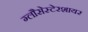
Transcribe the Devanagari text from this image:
ग्लौसेस्टेरशायर